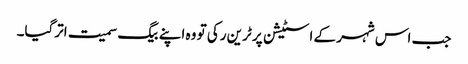
جب اس شہر کے اسٹیشن پر ٹرین رکی تو وہ اپنے بیگ سمیت اترگیا۔